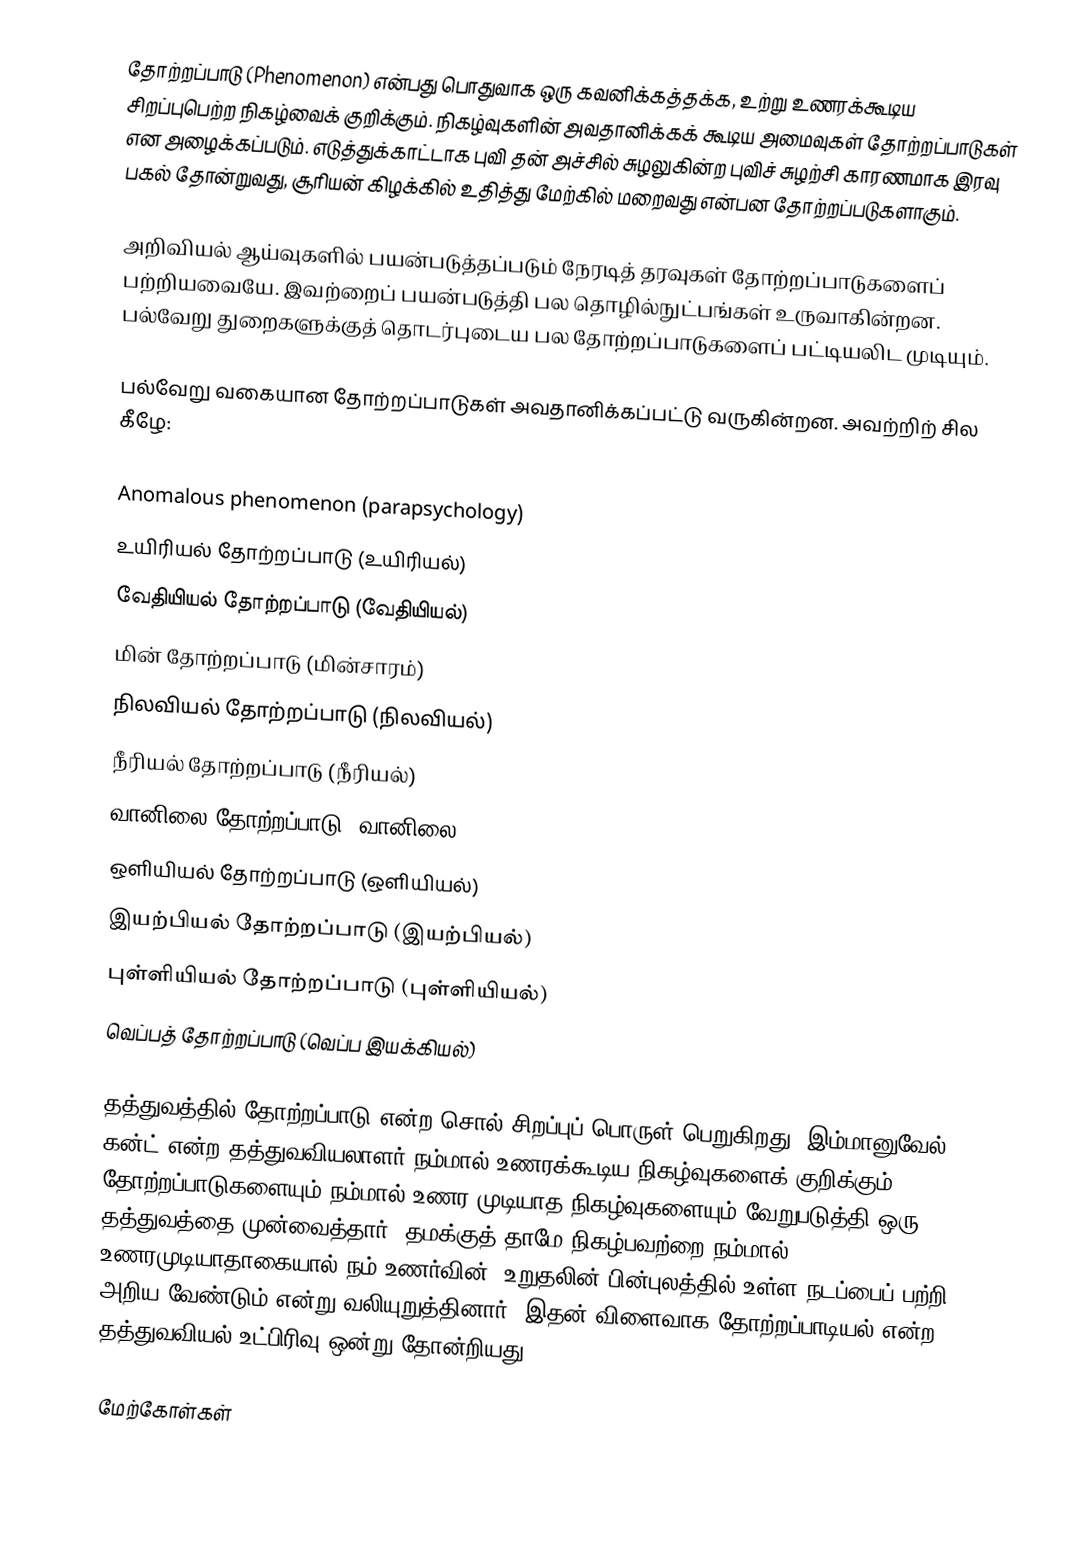
தோற்றப்பாடு (Phenomenon) என்பது பொதுவாக ஒரு கவனிக்கத்தக்க, உற்று உணரக்கூடிய சிறப்புபெற்ற நிகழ்வைக் குறிக்கும். நிகழ்வுகளின் அவதானிக்கக் கூடிய அமைவுகள் தோற்றப்பாடுகள் என அழைக்கப்படும். எடுத்துக்காட்டாக புவி தன் அச்சில் சுழலுகின்ற புவிச் சுழற்சி காரணமாக இரவு பகல் தோன்றுவது, சூரியன் கிழக்கில் உதித்து மேற்கில் மறைவது என்பன தோற்றப்படுகளாகும்.

அறிவியல் ஆய்வுகளில் பயன்படுத்தப்படும் நேரடித் தரவுகள் தோற்றப்பாடுகளைப் பற்றியவையே. இவற்றைப் பயன்படுத்தி பல தொழில்நுட்பங்கள் உருவாகின்றன. பல்வேறு துறைகளுக்குத் தொடர்புடைய பல தோற்றப்பாடுகளைப் பட்டியலிட முடியும்.

பல்வேறு வகையான தோற்றப்பாடுகள் அவதானிக்கப்பட்டு வருகின்றன. அவற்றிற் சில கீழே:

 Anomalous phenomenon (parapsychology)
 உயிரியல் தோற்றப்பாடு (உயிரியல்)
 வேதியியல் தோற்றப்பாடு (வேதியியல்)
 மின் தோற்றப்பாடு (மின்சாரம்)
 நிலவியல் தோற்றப்பாடு (நிலவியல்)
 நீரியல் தோற்றப்பாடு (நீரியல்)
 வானிலை தோற்றப்பாடு (வானிலை)
 ஒளியியல் தோற்றப்பாடு (ஒளியியல்)
 இயற்பியல் தோற்றப்பாடு (இயற்பியல்)
 புள்ளியியல் தோற்றப்பாடு (புள்ளியியல்)
 வெப்பத் தோற்றப்பாடு (வெப்ப இயக்கியல்)

தத்துவத்தில் தோற்றப்பாடு என்ற சொல் சிறப்புப் பொருள் பெறுகிறது. இம்மானுவேல் கன்ட் என்ற தத்துவவியலாளர் நம்மால் உணரக்கூடிய நிகழ்வுகளைக் குறிக்கும் தோற்றப்பாடுகளையும் நம்மால் உணர முடியாத நிகழ்வுகளையும் வேறுபடுத்தி ஒரு தத்துவத்தை முன்வைத்தார். தமக்குத் தாமே நிகழ்பவற்றை நம்மால் உணரமுடியாதாகையால் நம் உணர்வின், உறுதலின் பின்புலத்தில் உள்ள நடப்பைப் பற்றி அறிய வேண்டும் என்று வலியுறுத்தினார். இதன் விளைவாக தோற்றப்பாடியல் என்ற தத்துவவியல் உட்பிரிவு ஒன்று தோன்றியது.

மேற்கோள்கள்